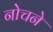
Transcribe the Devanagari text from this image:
नोचने